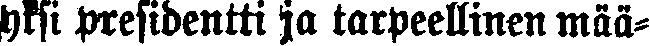
yksi presidentti ja tarpeellinen mää-